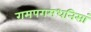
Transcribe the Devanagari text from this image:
गमपगमधनिसां